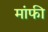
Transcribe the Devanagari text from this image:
मांफी